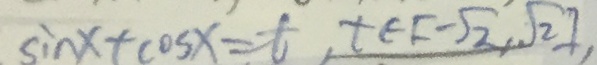
\sin x + \cos x = t , t \in [ - \sqrt { 2 } , \sqrt { 2 } ] ,